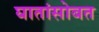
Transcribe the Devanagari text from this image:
घातांसोबत